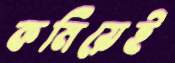
কমিয়েই